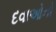
દવાઓનો